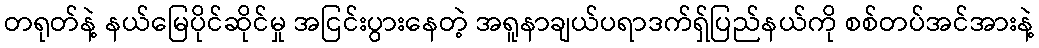
တရုတ်နဲ့ နယ်မြေပိုင်ဆိုင်မှု အငြင်းပွားနေတဲ့ အရူနာချယ်ပရာဒက်ရှ်ပြည်နယ်ကို စစ်တပ်အင်အားနဲ့